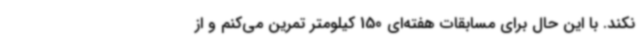
نکند. با این حال برای مسابقات هفته‌ای 150 کیلومتر تمرین می‌کنم و از